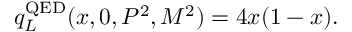
q _ { L } ^ { \mathrm { Q E D } } ( x , 0 , P ^ { 2 } , M ^ { 2 } ) = 4 x ( 1 - x ) .